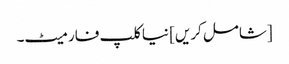
[شامل کریں] نیا کلپ فارمیٹ۔